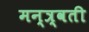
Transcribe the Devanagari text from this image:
मन्त्र्वती